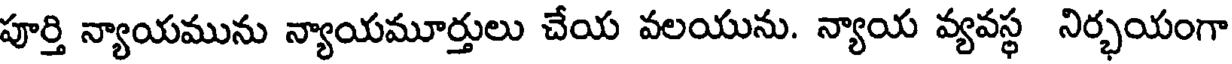
పూర్తి న్యాయమును న్యాయమూర్తులు చేయ వలయును. న్యాయ వ్యవస్థ నిర్భయంగా